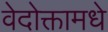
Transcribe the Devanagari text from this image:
वेदोक्तामधे